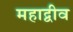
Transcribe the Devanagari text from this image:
महाद्वीव